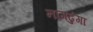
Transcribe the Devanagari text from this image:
नागढुंगा